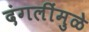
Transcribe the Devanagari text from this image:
दंगलींमुळे